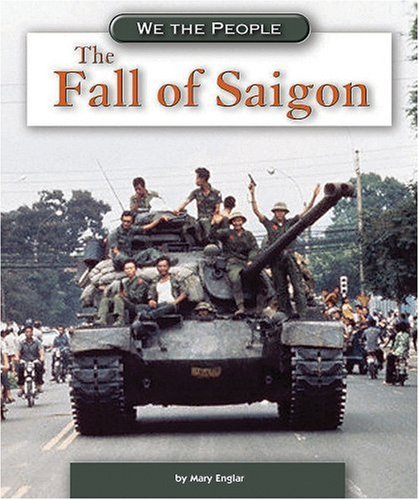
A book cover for The Fall of Saigon (We the People: Modern America); Mary Englar; Children's Books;